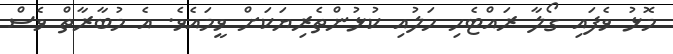
މޮޅު ވެފައި ގޯލާ ރައްޓެހި ހަލުއި ކުޅުންތެރިޔަކަށް ވީމައެވެ. އެ މުބާރާތް ވެސް